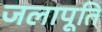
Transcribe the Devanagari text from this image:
जलापूति